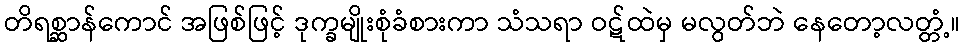
တိရစ္ဆာန်ကောင် အဖြစ်ဖြင့် ဒုက္ခမျိုးစုံခံစားကာ သံသရာ ဝဋ်ထဲမှ မလွတ်ဘဲ နေတော့လတ္တံ့။